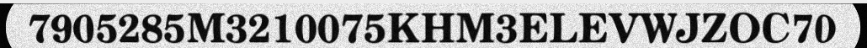
7905285M3210075KHM3ELEVWJZOC70